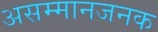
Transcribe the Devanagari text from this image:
असम्मानजनक